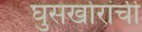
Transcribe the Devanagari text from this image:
घुसखोरांची